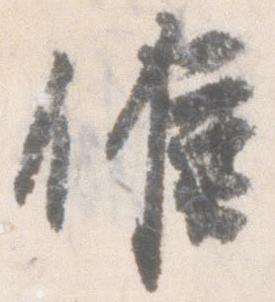
候